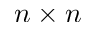
n \times n